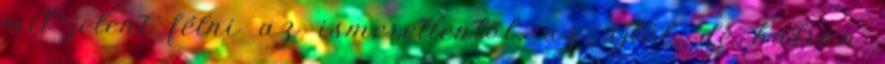
mit jelent félni az ismeretlentől, az újtól, de bátran